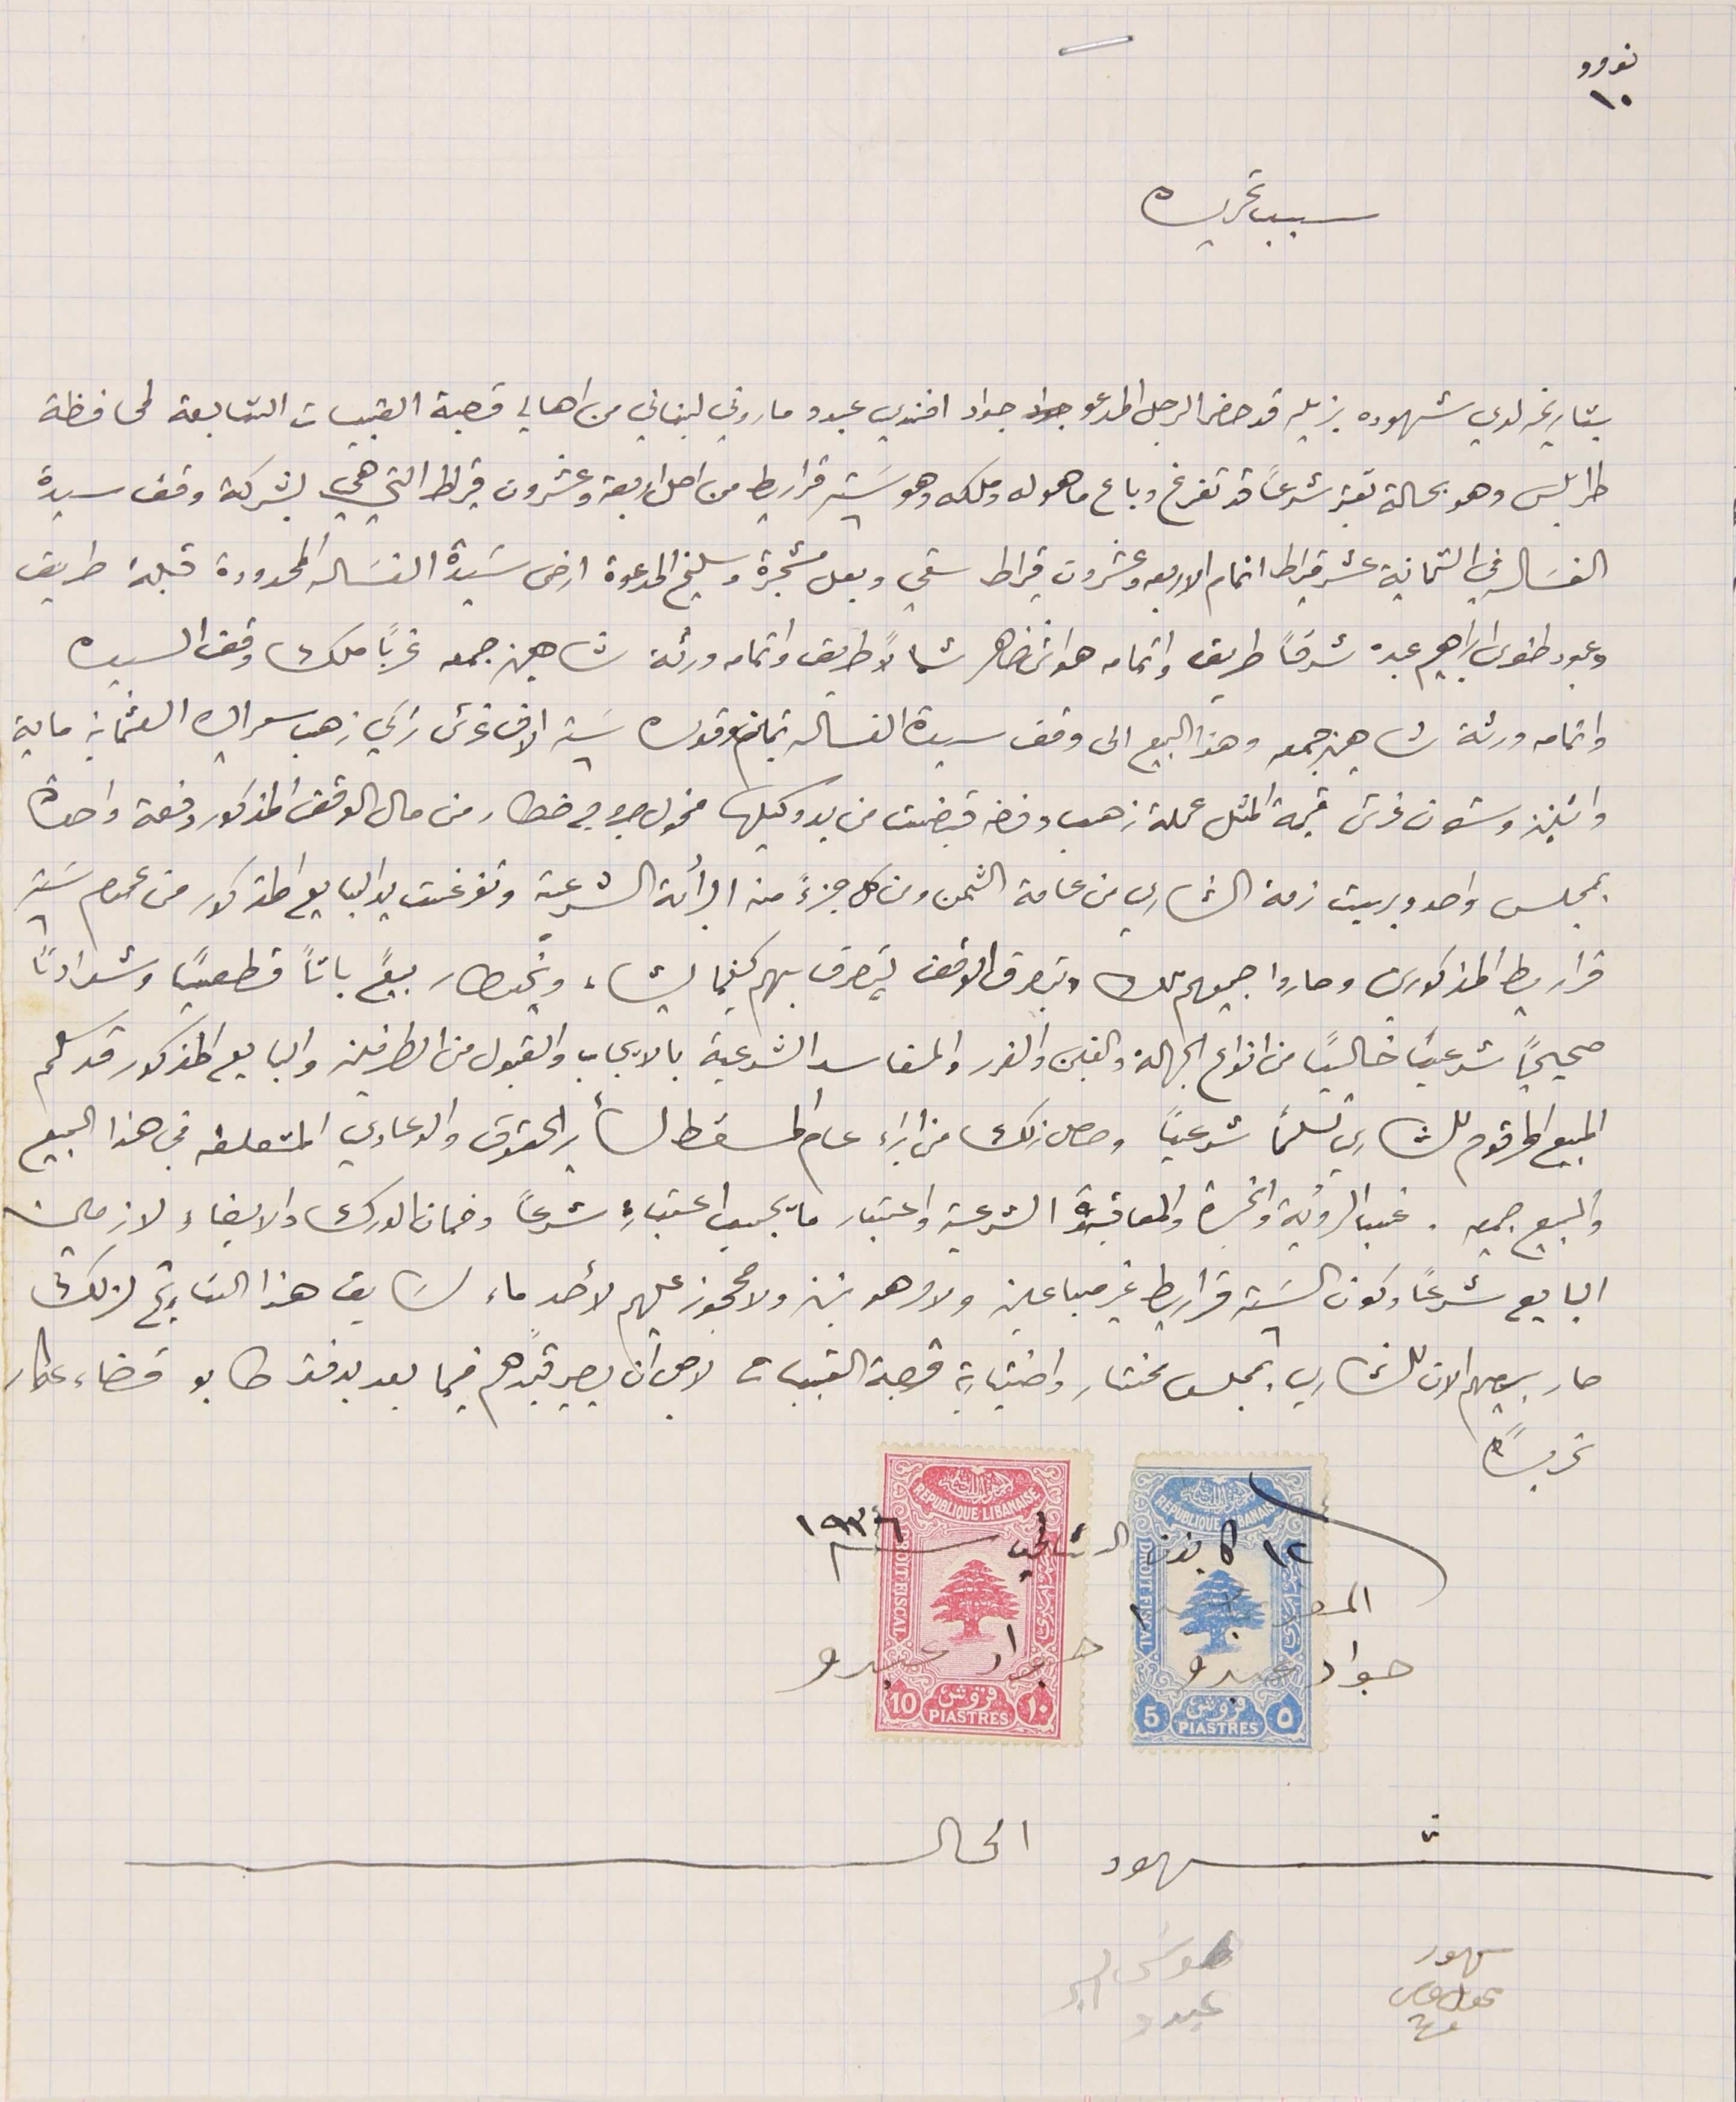
نومرو ١٠
سبب تحريره
بتاريخه لدي شهوده بزيله قد حضر الرجل المدعو جواد افندي عبدو ماروني لبناني من اهالي قصبة القبيات التابعة لمحافظة
طرابلس وهو بحالة تعتبر شرعاً قد تفرغ وباع ما هو له وملكه وهو سَته قراريط من اصل اربعة وعشرون قيراط التي هي بشركة وقف سيدة
الغسَاله في الثمانية عشر قيراط اتمام الاربعة وعشرون قيراط سقي وبعل مشجرة وسليخ المدعوة ارض سَيدة الغسَاله المحدودة قبلة طريق
وعبود طنوس ابراهيم عبده شرقاً طريق واتمامه هواش ضاهر شمالاً طريق واتمامه ورثة شاهين جمعه غرباً ملك وقف السيده
واتمامه ورثة شاهين جمعه وهذا البيع الى وقف سيدة الغسالة بثمن وقدره سَته الاف غرش تركي ذهب سعر الى العثمانيه ماية
واثنين وستون غرش قيمة المثل عملة ذهب وفضه قبضت من يد وكيلها مخول جروج خطار من مال الوقف المذكور دفعة واحدة
بمجلس واحد وبريت ذمة الشاري من عامة الثمن ومن كل جزءً من البرائة الشرعية وتفرغت يد البايع المذكور من عموم سَته
قراريط المذكورين وصاروا جميعهم ملك وبتصرف الوقف يتصرف بهم كيفما يشاء ويَخطار بيعً باتاً قطعياً وشراءاً
صحيحاً شرعياً خالياً من انواع الجهالة والغبن والغرر والمفاسد الشرعية بالايجاب والقبول من الطرفين والبايع المذكور قد سلم
المبيع المرقوم للشاري تسلماً شرعياً وحصل ذلك من ابراء عام المسقط لسائر الحقوق والدعاوي المتعلقه في هذا المبيع
والبيع جميعه. غب الرؤية والخبرة والمعاقدة الشرعية واعتبار ما يجب اعتباره شرعاً وضمان الدرك والايفاء لازمين
البايع شرعاً وكون السَته قراريط غير مباعين ولا مرهونين ولا محجوز عليهم لأحدٍ ما، سَابق هذا التاريخ لذلك
صار بيعهم الان للشاري بمجلس مختار واختيارية قصبة القبيات لاجل ان يصير قيدهم فيما بعد بدفتر طابو قضاء عكار
سهود محول عصى     موسَى البر عبدو
تحريراً
      جواد عبدو            جواد عبدو
فى ١٢ كانون الثاني سنة ١٩٣٦
شهود الحال